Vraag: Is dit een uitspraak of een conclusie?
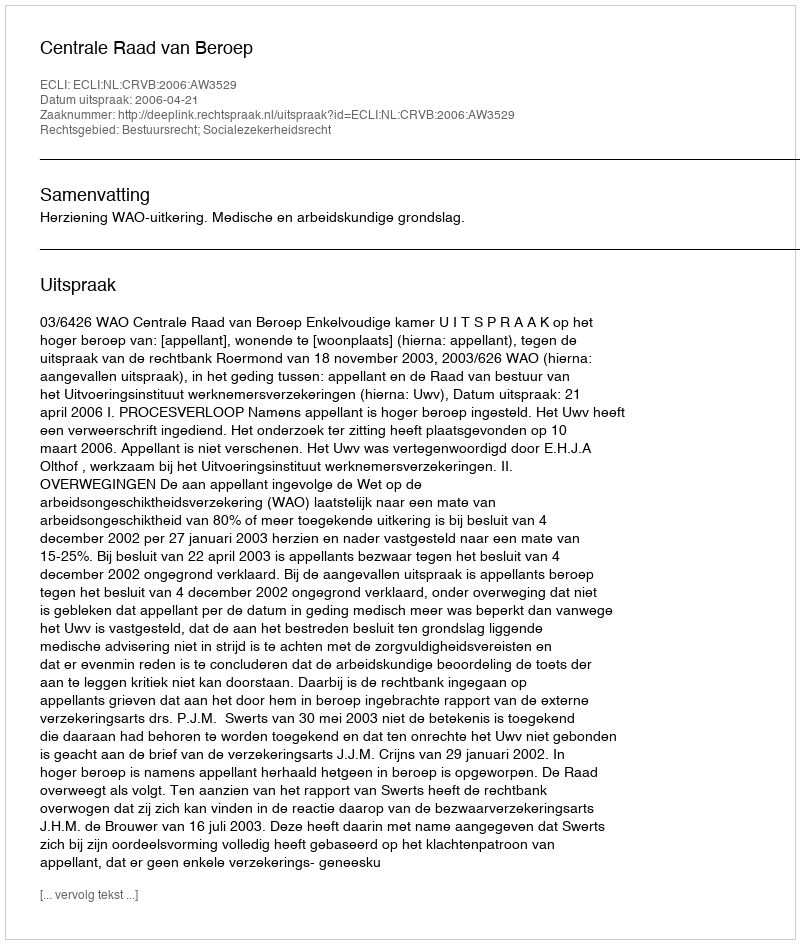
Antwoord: Uitspraak